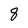
Character: 8